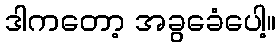
ဒါကတော့ အခွခေံပေါ့။